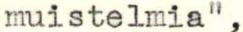
muistelmia",